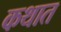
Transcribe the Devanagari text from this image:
कथात